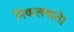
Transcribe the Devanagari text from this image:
निकलवाते।